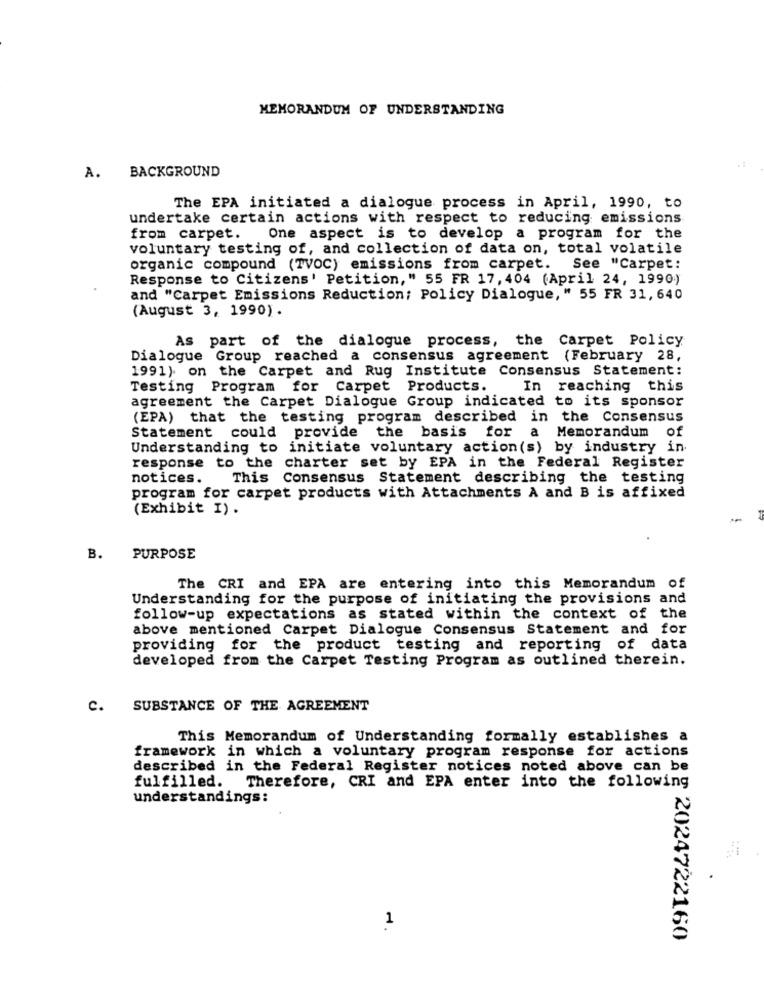
MEMORANDUM OF UNDERSTANDING
A. BACKGROUND
The EPA initiated a dialogue process in April, 1990, to
undertake certain actions with respect to reducing emissions
from carpet. One aspect is to develop a program for the
voluntary testing of, and collection of data on, total volatile
organic compound (TVOC) emissions from carpet. See "Carpet:
Response to Citizens' Petition," 55 FR 17, 404 (April 24, 1990)
and "Carpet Emissions Reduction; Policy Dialogue," 55 FR 31, 640
(August 3, 1990).
As part of the dialogue process, the Carpet Policy
Dialogue Group reached a consensus agreement (February 28,
1991) on the Carpet and Rug Institute Consensus Statement:
Testing Program for Carpet Products.
In reaching this
agreement the Carpet Dialogue Group indicated to its sponsor
(EPA) that the testing program described in the Consensus
Statement could provide the basis for a Memorandum of
Understanding to initiate voluntary action(s) by industry in
response to the charter set by EPA in the Federal Register
notices.
This Consensus Statement describing the testing
program for carpet products with Attachments A and B is affixed
(Exhibit I) .
B.
PURPOSE
The CRI and EPA are entering into this Memorandum of
Understanding for the purpose of initiating the provisions and
follow-up expectations as stated within the context of the
above mentioned Carpet Dialogue Consensus Statement and for
providing for the product testing and reporting of data
developed from the Carpet Testing Program as outlined therein.
c.
SUBSTANCE OF THE AGREEMENT
This Memorandum of Understanding formally establishes a
framework in which a voluntary program response for actions
described in the Federal Register notices noted above can be
fulfilled. Therefore, CRI and EPA enter into the following
understandings:
1
: 2024722160